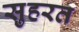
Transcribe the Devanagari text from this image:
स़ुहरत